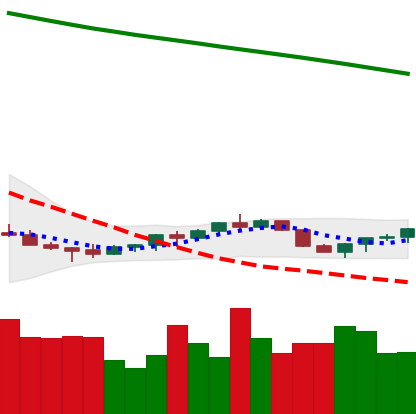
Ticker: EOS-USD
Chart end date: 2022-07-16
Forward return: 4.585%
Label: up_3_5